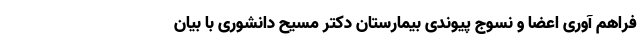
فراهم آوری اعضا و نسوج پیوندی بیمارستان دکتر مسیح دانشوری با بیان